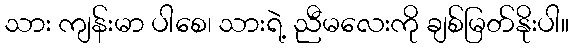
သား ကျန်းမာ ပါစေ၊ သားရဲ့ ညီမလေးကို ချစ်မြတ်နိုးပါ။